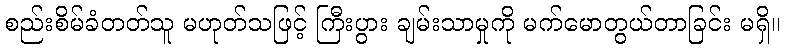
စည်းစိမ်ခံတတ်သူ မဟုတ်သဖြင့် ကြီးပွား ချမ်းသာမှုကို မက်မောတွယ်တာခြင်း မရှိ။